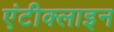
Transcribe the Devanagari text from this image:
एंटीक्लाइन